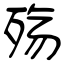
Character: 殇